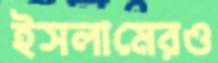
ইসলামেরও